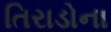
તિરાડોના